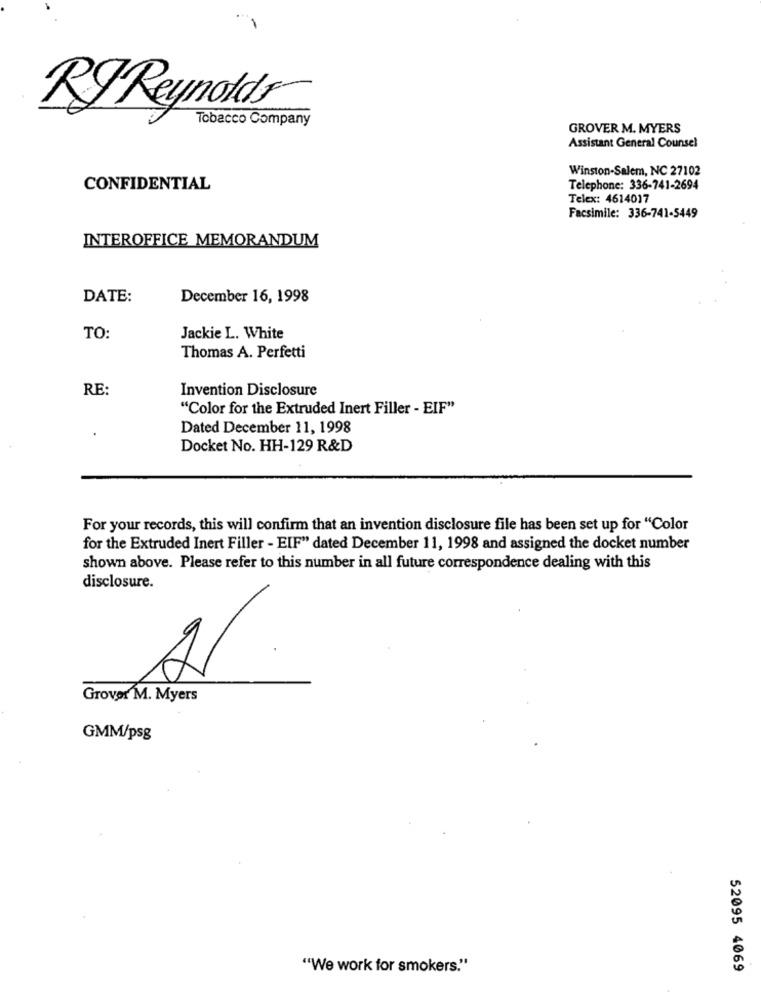
-
RFReynolds
Tobacco Company
GROVER M. MYERS
Assistant General Counsel
Winston-Salem, NC 27102
CONFIDENTIAL
Telephone: 336-741-2694
Telex: 4614017
Facsimile: 336-741-5449
INTEROFFICE MEMORANDUM
DATE:
December 16, 1998
TO:
Jackie L. White
Thomas A. Perfetti
RE:
Invention Disclosure
"Color for the Extruded Inert Filler - EIF"
Dated December 11, 1998
Docket No. HH-129 R&D
For your records, this will confirm that an invention disclosure file has been set up for "Color
for the Extruded Inert Filler - EIF" dated December 11, 1998 and assigned the docket number
shown above. Please refer to this number in all future correspondence dealing with this
disclosure.
A1
Grover M. Myers
GMM/psg
"We work for smokers."
52095 4069